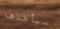
سيأخذها